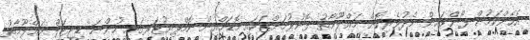
އެހެންކަމުން ފޯންލައިން މެދުވެރިކޮށް މަޢްލޫމާތު ފޮނުވުމަށްޓަކައި މޮޑަމްއިން ކޮމްޕިޔުޓަރގައި ހުންނަ ޑިޖިޓަލް މަޢްލޫމާތު